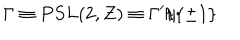
{ \Gamma } \equiv P S L ( 2 , Z ) \equiv \Gamma ^ { \prime } / { \{ \pm 1 \} }